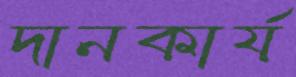
দানকার্য